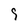
Character: 9